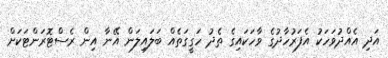
އަދި އެއްދުވަހަކު އެފަރުހާދުގެ ވާހަކައިގެ ތެދު ހަގީގަތެއް ބަލައިލަން އޭނާ އިން ރެސްޓޮރަންޓަކަށް